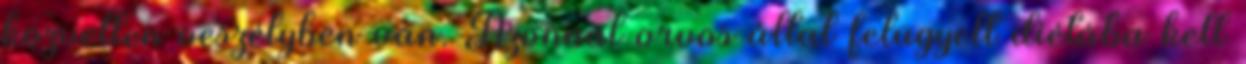
közvetlen veszélyben van. Azonnal orvos által felügyelt diétába kell